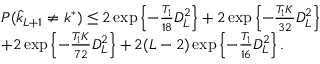
\begin{array} { r l } & { P ( \hat { k } _ { L + 1 } \ne k ^ { * } ) \le 2 \exp \left\{ - \frac { T _ { 1 } } { 1 8 } D _ { L } ^ { 2 } \right\} + 2 \exp { \left\{ - \frac { T _ { 1 } K } { 3 2 } D _ { L } ^ { 2 } \right\} } } \\ & { + 2 \exp \left\{ - \frac { T _ { 1 } K } { 7 2 } D _ { L } ^ { 2 } \right\} + 2 ( L - 2 ) \exp \left\{ - \frac { T _ { 1 } } { 1 6 } D _ { L } ^ { 2 } \right\} . } \end{array}